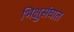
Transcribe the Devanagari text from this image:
भिक्षुसंघात